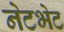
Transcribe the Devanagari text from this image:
नेटभेट